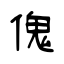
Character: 傀